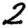
Digit: 2